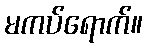
မကပ်ရောက်။